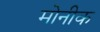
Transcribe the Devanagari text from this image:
मोनीक